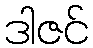
ဒါဇင်